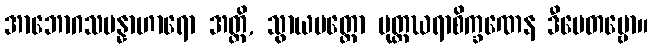
အာဘောဂသမန္နာဟာရော အတ္ထိ, သွာယမတ္ထော ပုတ္တဃရာစိက္ခဏေန ဒီပေတဗ္ဗော။